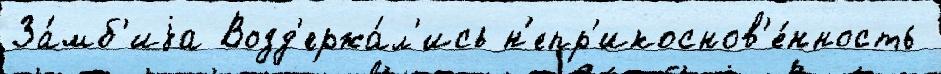
За́мб'иjа Возд'ержа́л'ись н'епр'икоснов'е́нность